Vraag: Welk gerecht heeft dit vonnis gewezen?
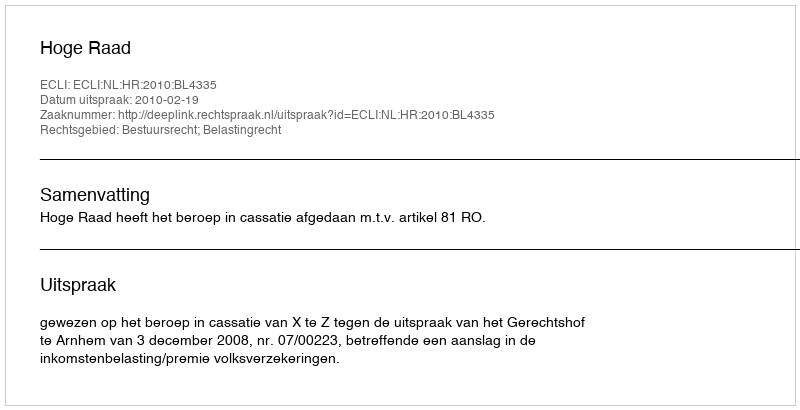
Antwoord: Hoge Raad